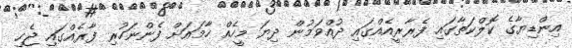
އިންޑިޔާގެ ކޮލްކަތާގައި ފެރާރީއެއްގައި ދުއްވަމުން ދިޔަ މީހެއް ހާމައަށް ފެންނަހުރި ފާރެއްގައި ޖެހި